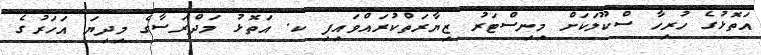
އަތޮޅުގެ ހުރިހާ ސްކޫލަކަށް މިނިސްޓަރު ޒިޔާރަތްކުރައްވައިފި ކ. އަތޮޅު މަދްރަސާގެ މިދިޔަ އަހަރުގެ